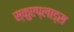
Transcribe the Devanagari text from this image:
स्कुएप्लाड्स